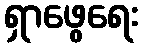
ရှာဖွေရေး